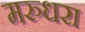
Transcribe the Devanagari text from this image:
मरुधरा